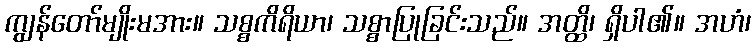
ကျွန်တော်မျိုးမအား။ သစ္စကိရိယာ၊ သစ္စာပြုခြင်းသည်။ အတ္ထိ၊ ရှိပါ၏။ အဟံ၊